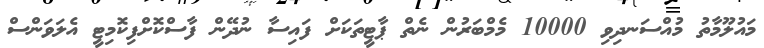
މައުލޫމާތު މުއްސަނދިވި 10000 މެމްބަރުން ނެތް ޕާޓީތަކަށް ފައިސާ ނުދޭން ފާސްކޮށްފިކޮމިޓީ އެލަވަންސް